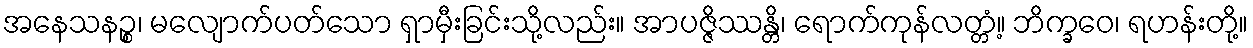
အနေသနဉ္စ၊ မလျောက်ပတ်သော ရှာမှီးခြင်းသို့လည်း။ အာပဇ္ဇိဿန္တိ၊ ရောက်ကုန်လတ္တံ့။ ဘိက္ခဝေ၊ ရဟန်းတို့။